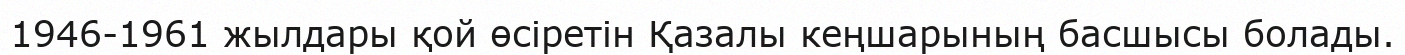
1946-1961 жылдары қой өсіретін Қазалы кеңшарының басшысы болады.